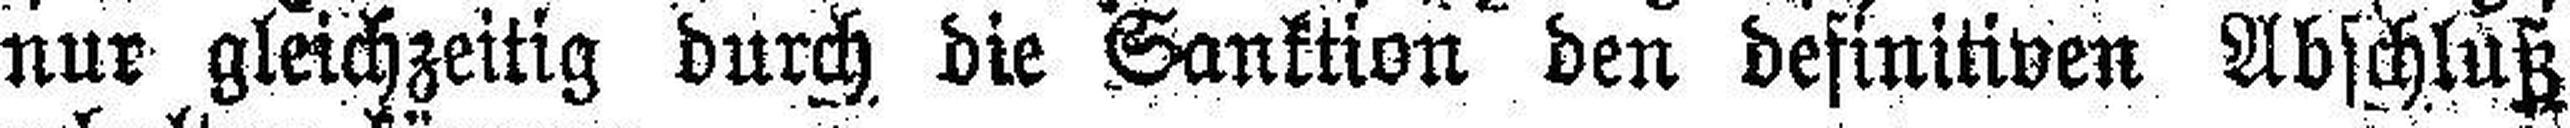
nur gleichzeitig durch die Sanktion den definitiven Abschluß